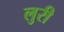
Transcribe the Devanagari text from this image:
लुरी